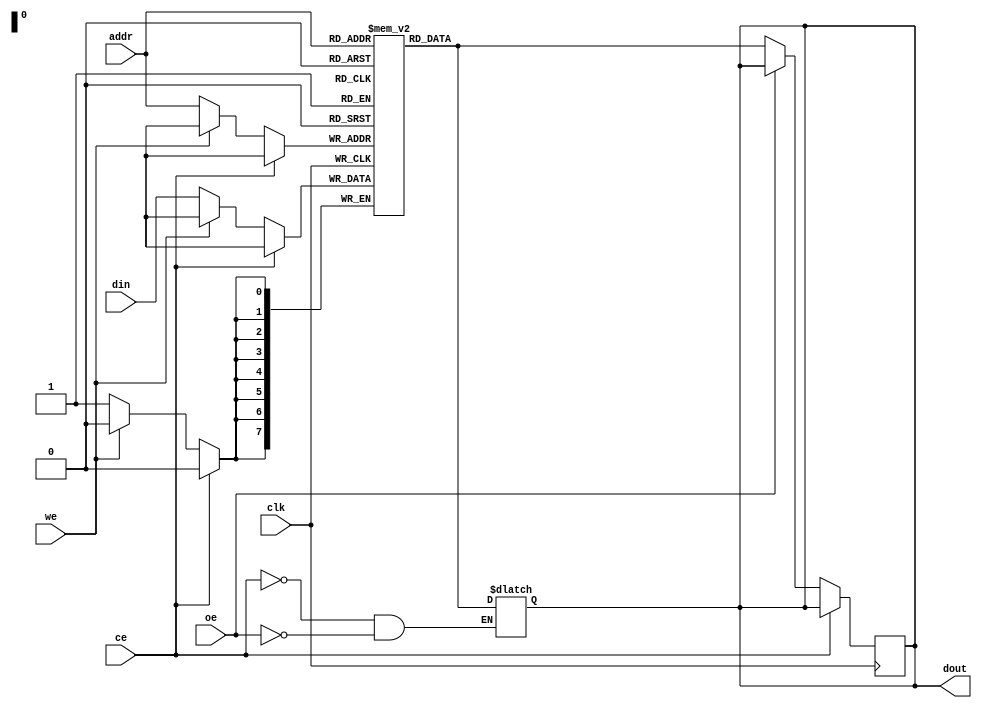
module eSRAM #(
    parameter WIDTH = 8,    // Width of each word (in bits)
    parameter DEPTH = 256    // Depth of the SRAM (number of words)
)(
    input wire clk,          // Clock signal (for synchronous operation)
    input wire ce,           // Chip Enable
    input wire we,           // Write Enable
    input wire oe,           // Output Enable
    input wire [7:0] addr,   // Address input (8-bit for 256 words)
    input wire [WIDTH-1:0] din, // Data input for write operation
    output reg [WIDTH-1:0] dout // Data output for read operation
);

    // Memory array declaration
    reg [WIDTH-1:0] memory [0:DEPTH-1];

    // Read/Write Control Logic
    always @(posedge clk) begin
        if (!ce) begin
            if (!we) begin
                // Write operation
                memory[addr] <= din;
            end
            if (!oe) begin
                // Read operation
                dout <= memory[addr];
            end
        end
    end

    // Asynchronous read for immediate access (optional)
    always @(*) begin
        if (!ce && !oe) begin
            dout = memory[addr];
        end
    end

endmodule